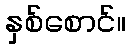
နှစ်စောင်။